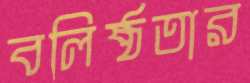
বলিষ্ঠতার